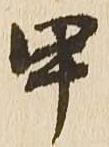
甲